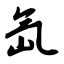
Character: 氙